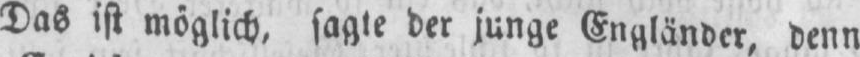
Das ist möglich, sagte der junge Engländer, denn